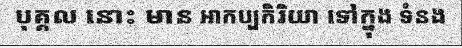
បុគ្គល នោះ មាន ឤកប្បកិរិយា ទៅក្នុង ទំនង